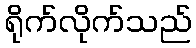
ရိုက်လိုက်သည်